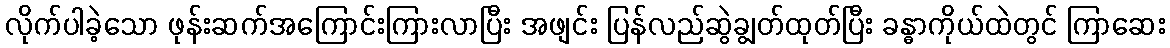
လိုက်ပါခဲ့သော ဖုန်းဆက်အကြောင်းကြားလာပြီး အဖျင်း ပြန်လည်ဆွဲချွတ်ထုတ်ပြီး ခန္ဓာကိုယ်ထဲတွင် ကြာဆေး